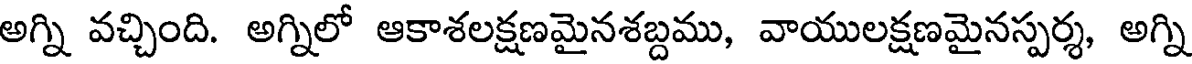
అగ్ని వచ్చింది. అగ్నిలో ఆకాశలక్షణమైనశబ్దము, వాయులక్షణమైనస్పర్శ, అగ్ని